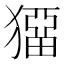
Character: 𤡼